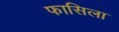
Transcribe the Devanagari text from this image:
फासिला